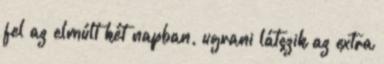
fel az elmúlt két napban, ugrani látszik az extra